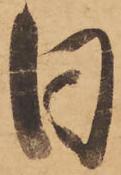
日